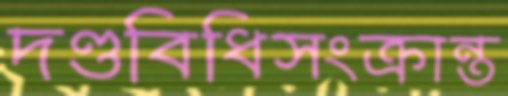
দণ্ডবিধিসংক্রান্ত